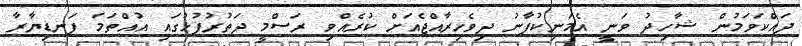
ދައްކަވަމުން ޝާހިދު ވަނީ އެމަނިކުފާނު ދިވެހިރާއްޖެއަށް ކުރެއްވި ރަސްމީ ދަތުރުފުޅުގައި އުއްތަމަ ފަނޑިޔާރާ